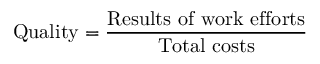
{ \mathrm { Q u a l i t y } } = { \frac { \mathrm { R e s u l t s ~ o f ~ w o r k ~ e f f o r t s } } { \mathrm { T o t a l ~ c o s t s } } }